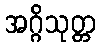
အဂ္ဂိသုတ္တ